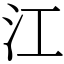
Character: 江